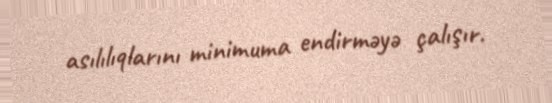
asılılıqlarını minimuma endirməyə çalışır.